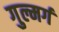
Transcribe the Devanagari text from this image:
गुल्मर्ग